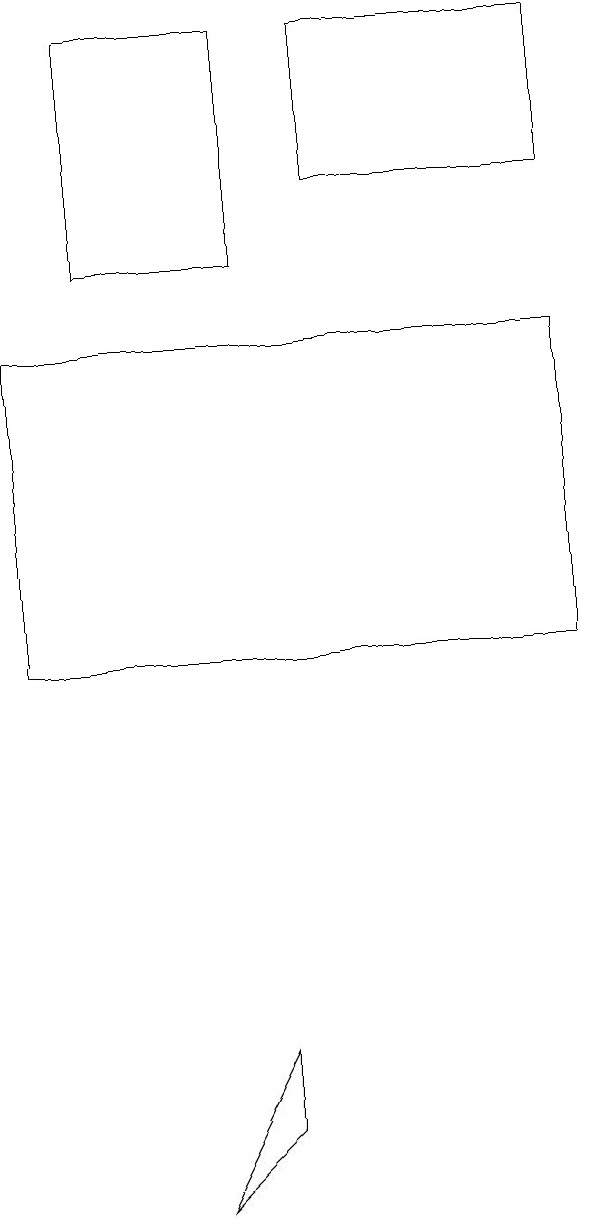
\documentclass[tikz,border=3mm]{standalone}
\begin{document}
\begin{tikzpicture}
\draw (4,3) -- (5,5) -- (5,4) -- cycle;
\draw (3,15) rectangle (5,18);
\draw (9,10) rectangle (2,14);
\draw (9,16) rectangle (6,18);
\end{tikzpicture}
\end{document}